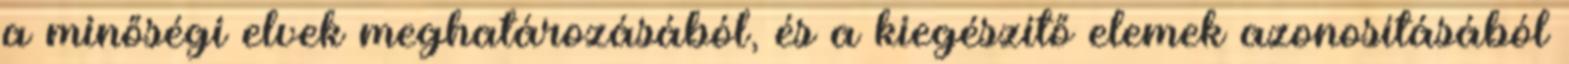
a minőségi elvek meghatározásából, és a kiegészítő elemek azonosításából